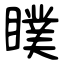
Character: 瞨